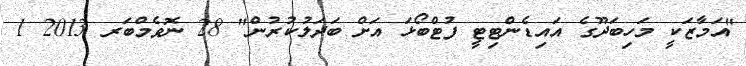
"އަމާޒަކީ މަހިބަދޫގެ އައިޑެންޓިޓީ ފުޓްބޯޅަ އަށް ބަދަލުކުރުން" 28 ނޮވެމްބަރ 2013 1